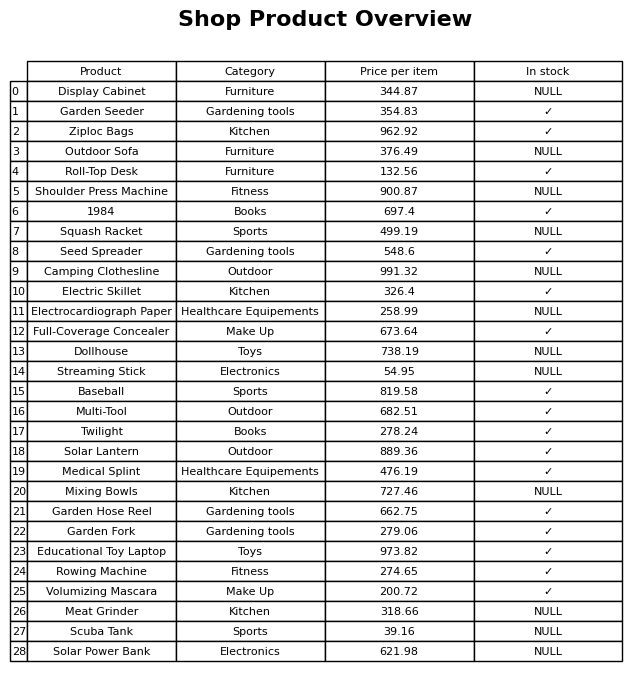
question: What is the price of the Meat Grinder?
answer: The price of Meat Grinder is 318.66.